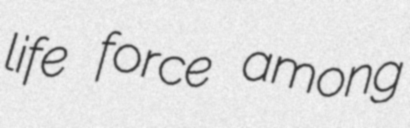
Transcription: life force among